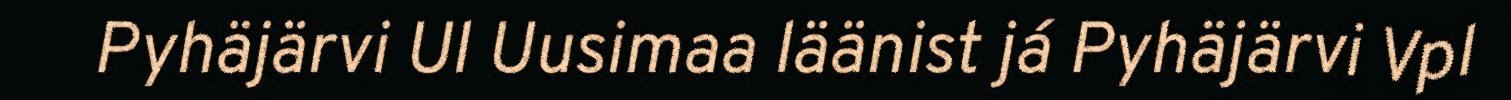
Pyhäjärvi Ul Uusimaa läänist já Pyhäjärvi Vpl